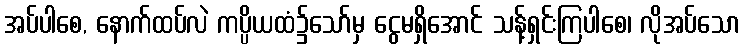
အပ်ပါစေ, နောက်ထပ်လဲ ကပ္ပိယထံ၌သော်မှ ငွေမရှိအောင် သန့်ရှင်းကြပါစေ၊ လိုအပ်သော